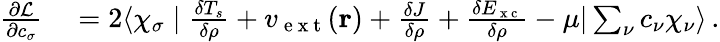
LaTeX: \begin{array}{rl}{\frac{\partial\mathcal{L}}{\partial c_{\sigma}}}&{{}=2\langle\chi_{\sigma}\mid\frac{\delta T_{s}}{\delta\rho}+v_{\mathrm{~e~x~t~}}(\mathbf{r})+\frac{\delta J}{\delta\rho}+\frac{\delta E_{\mathrm{~x~c~}}}{\delta\rho}-\mu|\sum_{\nu}c_{\nu}\chi_{\nu}\rangle\, .}\end{array}